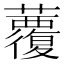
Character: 𧄏